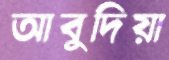
আবুদিয়া